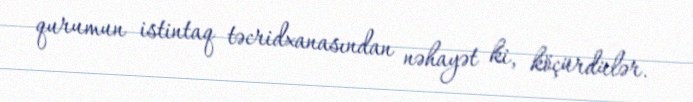
qurumun istintaq təcridxanasından nəhayət ki, köçürdülər.